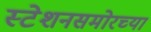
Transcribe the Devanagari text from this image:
स्टेशनसमोरच्या